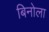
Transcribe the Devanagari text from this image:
बिनोला